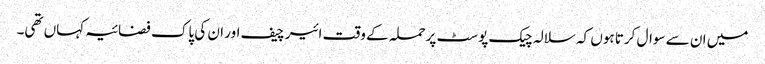
میں ان سے سوال کرتا ہوں کہ سلالہ چیک پوسٹ پرحملہ کے وقت ائیر چیف اور ان کی پاک فضائیہ کہاں تھی۔